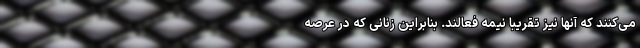
می‌کنند که آنها نیز تقریبا نیمه فعالند. بنابراین زنانی که در عرصه